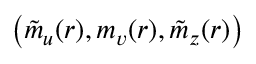
\big ( \tilde { m } _ { u } ( r ) , m _ { v } ( r ) , \tilde { m } _ { z } ( r ) \big )